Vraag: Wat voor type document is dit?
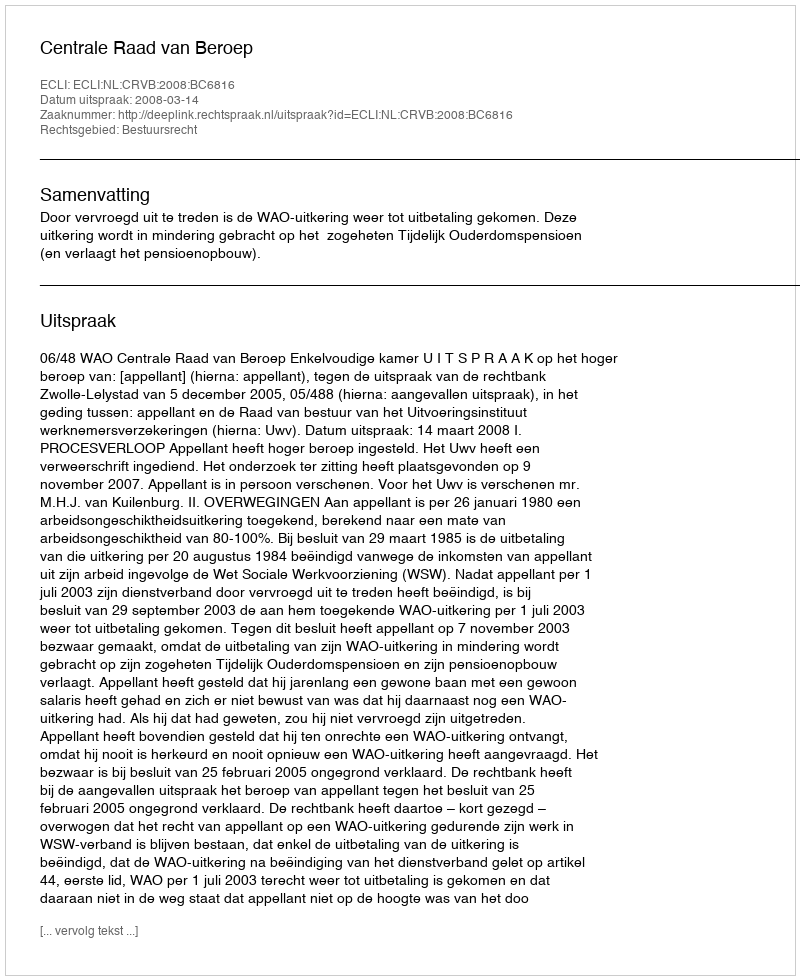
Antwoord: Uitspraak